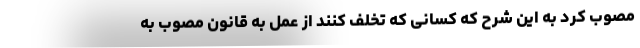
مصوب کرد به این شرح که کسانی که تخلف کنند از عمل به قانون مصوب به